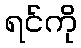
ရင်ကို